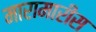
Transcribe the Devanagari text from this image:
मारामारीस